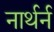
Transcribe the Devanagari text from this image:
नार्थर्न